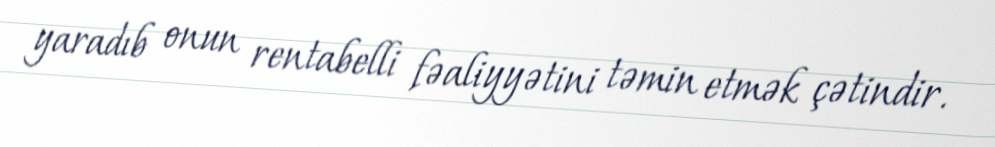
yaradıb onun rentabelli fəaliyyətini təmin etmək çətindir.